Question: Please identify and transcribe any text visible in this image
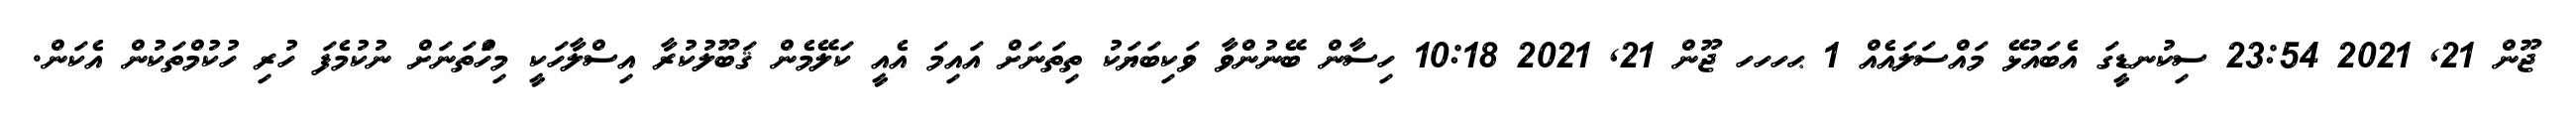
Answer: ޖޫން 21, 2021 23:54 ސިކުނޑީގަ އެބައުޅޭ މައްސަލައެއް 1 ޙހހހ ޖޫން 21, 2021 10:18 ހިސާން ބޭނުންވާ ވަކިބަޔަކު ތިތަނަށް އައިމަ އެއީ ކަލޭމެން ޤަބޫލުކުރާ އިސްލާހަކީ މިހަްތަނަށް ނުކުމެފަ ހުރި ހުކުމްތަކުން އެކަން.